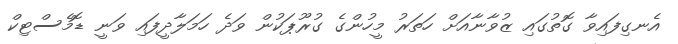
އެނގިފައިވާ ގޮތުގައި ޒުވާނާއަށް ހަތަރު މީހުންގެ ގުރޫޕަކުން ވަދެ ހަމަލާދީފައި ވަނީ ޑޮމެސްޓިކް